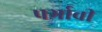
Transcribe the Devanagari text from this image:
पर्भावी